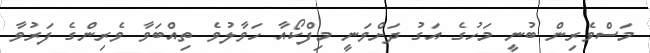
މަސްވެެރިން ބުނީ މަހުގެ އަގު ދަށްވަނީ މިފްކޯއާ ހަވާލުވެ ތިއްބަވާ ވެރިންގެ ފަރުވާ